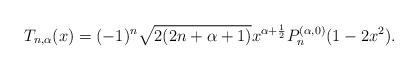
LaTeX: \begin{align*}T_{n,\alpha}(x)=(-1)^n\sqrt{2(2n+\alpha+1)}x^{\alpha+\frac{1}{2}}P_n^{(\alpha,0)}(1-2x^2).\end{align*}